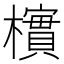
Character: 𪴎